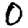
Digit: 0